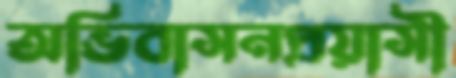
অভিবাসনপ্রয়াসী